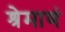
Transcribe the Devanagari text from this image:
श्रेमाणं